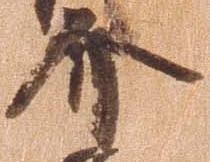
介